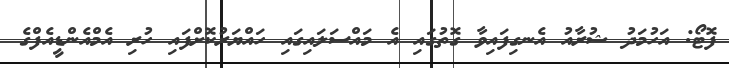
ފޮޓޯ: އަހުމަދު ޝުރާއު އެނގިފައިވާ ގޮތުގައި އެ މައްސަލައިގައި ހައްޔަރުކޮށްފައި ހުރި އެމްއެންޑީއެފްގެ